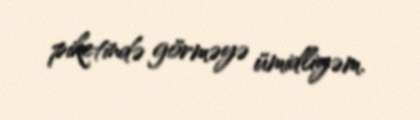
piketində görməyə ümidliyəm.